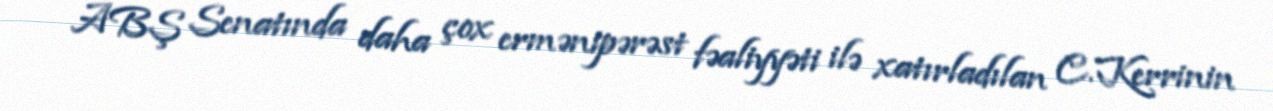
ABŞ Senatında daha çox ermənipərəst fəaliyyəti ilə xatırladılan C.Kerrinin